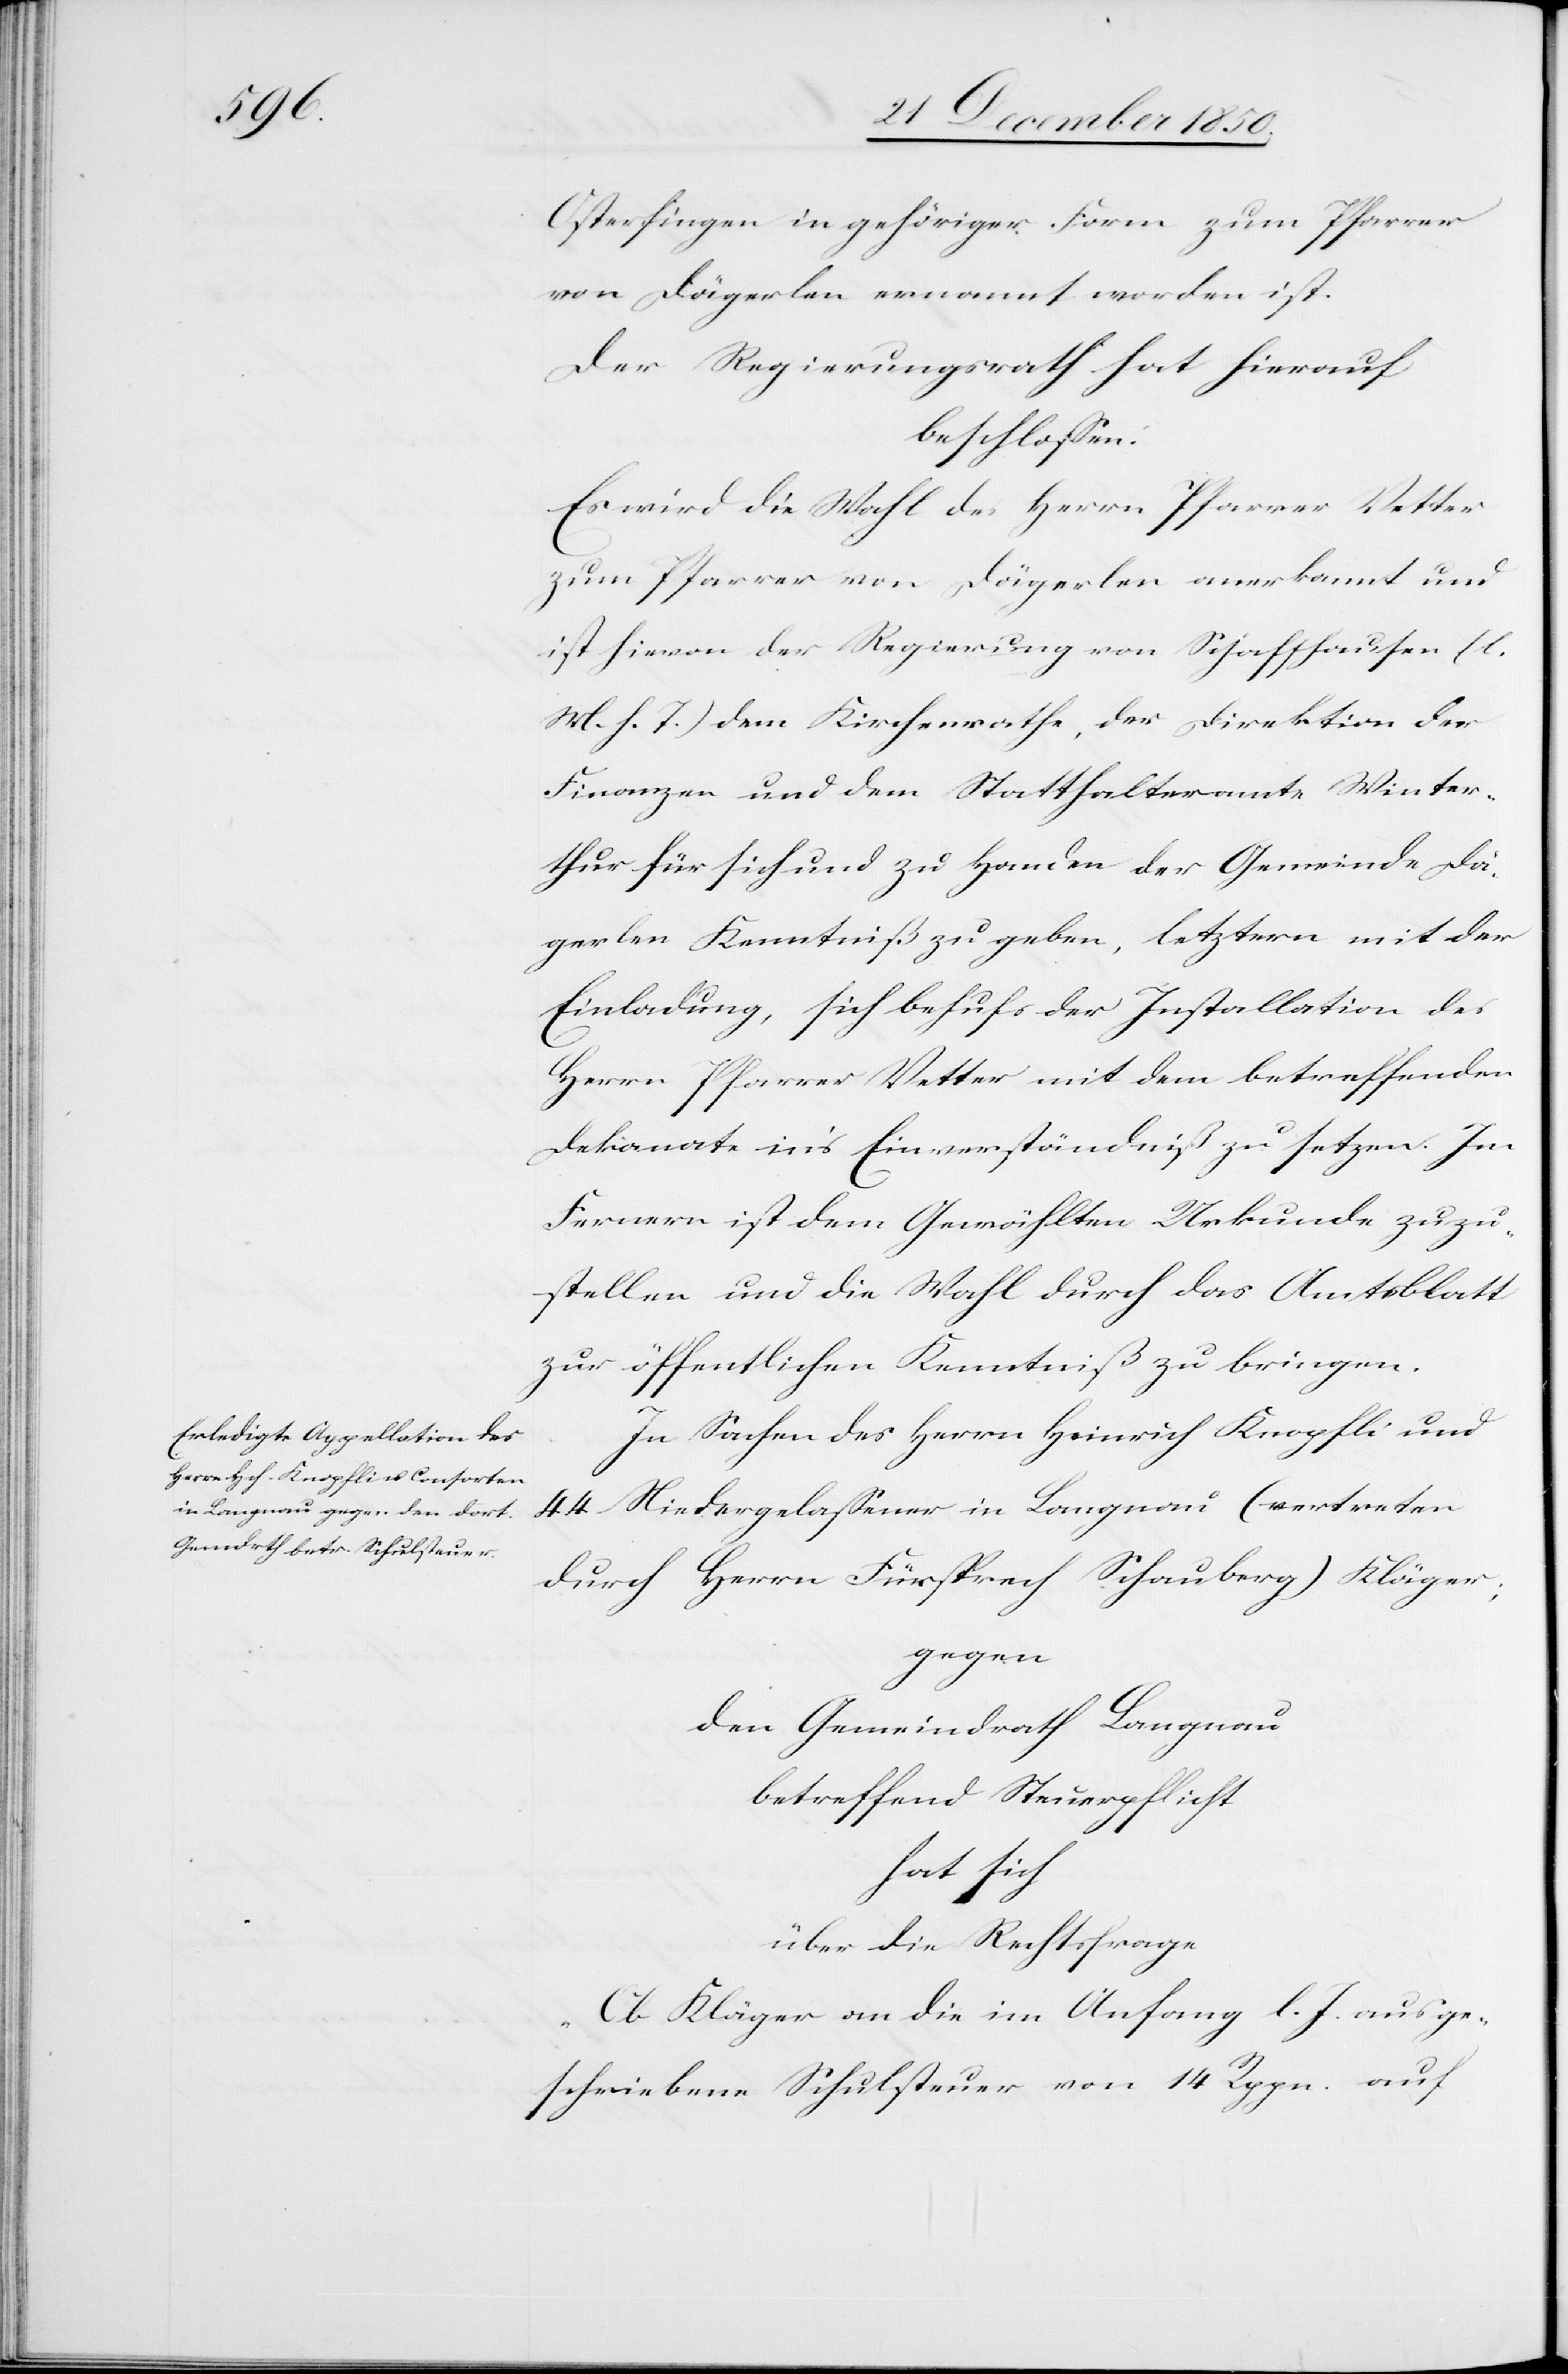
Osterfingen in gehöriger Form zum Pfarrer
von Dägerlen ernannt worden ist.
Der Regierungsrath hat hierauf
beschlossen:
Es wird die Wahl des Herrn Pfarrer Vetter
zum Pfarrer von Dägerlen anerkannt und
ist hievon der Regierung von Schaffhausen (l.
M. h. T.) dem Kirchenrathe, der Direktion der
Finanzen und dem Statthalteramte Winter¬
thur für sich und zu Handen der Gemeinde Dä¬
gerlen Kenntniß zu geben, letztern mit der
Einladung, sich behufs der Installation des
Herrn Pfarrer Vetter mit dem betreffenden
Dekanate in’s Einverständniß zu setzen. Im
Fernern ist dem Gewählten Urkunde zuzu¬
stellen und die Wahl durch das Amtsblatt
zur öffentlichen Kenntniß zu bringen.
In Sachen des Herrn Heinrich Knopfli und
44 Niedergelassener in Langnau (vertreten
durch Herrn Fürsprech Schauberg) Kläger;
gegen
den Gemeindrath Langnau
betreffend Steuerpflicht
hat sich
über die Rechtsfrage
„Ob Kläger an die im Anfang l. J. ausge¬
schriebene Schulsteuer von 14 Rppn. auf